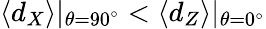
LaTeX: \langle d_{X}\rangle|_{\theta=90^{\circ}}<\langle d_{Z}\rangle|_{\theta=0^{\circ}}